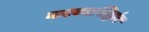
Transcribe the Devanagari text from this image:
काव्यसिद्धांत